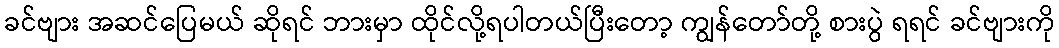
ခင်ဗျား အဆင်ပြေမယ် ဆိုရင် ဘားမှာ ထိုင်လို့ရပါတယ်ပြီးတော့ ကျွန်တော်တို့ စားပွဲ ရရင် ခင်ဗျားကို